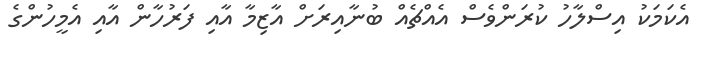
އެކަމަކު އިސްލާހު ކުރަންވެސް އެއްޗެއް ބުނާއިރަށް އާޒިމާ އާއި ފަރުހާން އާއި އެމީހުންގެ